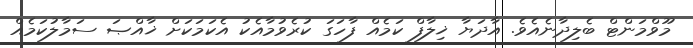
މޫވްމަންޓް ބެލިދާނެއެވެ. އާދަޔާ ޚިލާފް ކަމެއް ފާހަގަ ކުރެވުމާއެކު އެކަމަކަށް ޚާއްޞަ ސަމާލުކަމެއް